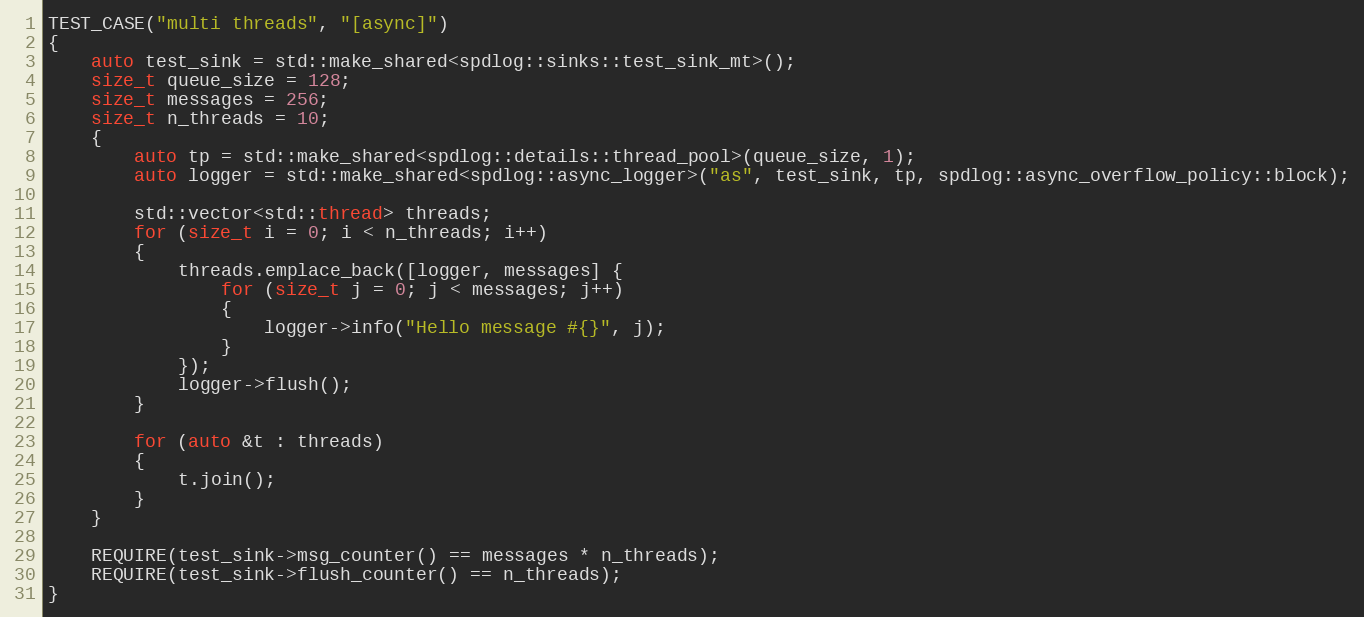
Language: C++
TEST_CASE("multi threads", "[async]")
{
    auto test_sink = std::make_shared<spdlog::sinks::test_sink_mt>();
    size_t queue_size = 128;
    size_t messages = 256;
    size_t n_threads = 10;
    {
        auto tp = std::make_shared<spdlog::details::thread_pool>(queue_size, 1);
        auto logger = std::make_shared<spdlog::async_logger>("as", test_sink, tp, spdlog::async_overflow_policy::block);

        std::vector<std::thread> threads;
        for (size_t i = 0; i < n_threads; i++)
        {
            threads.emplace_back([logger, messages] {
                for (size_t j = 0; j < messages; j++)
                {
                    logger->info("Hello message #{}", j);
                }
            });
            logger->flush();
        }

        for (auto &t : threads)
        {
            t.join();
        }
    }

    REQUIRE(test_sink->msg_counter() == messages * n_threads);
    REQUIRE(test_sink->flush_counter() == n_threads);
}